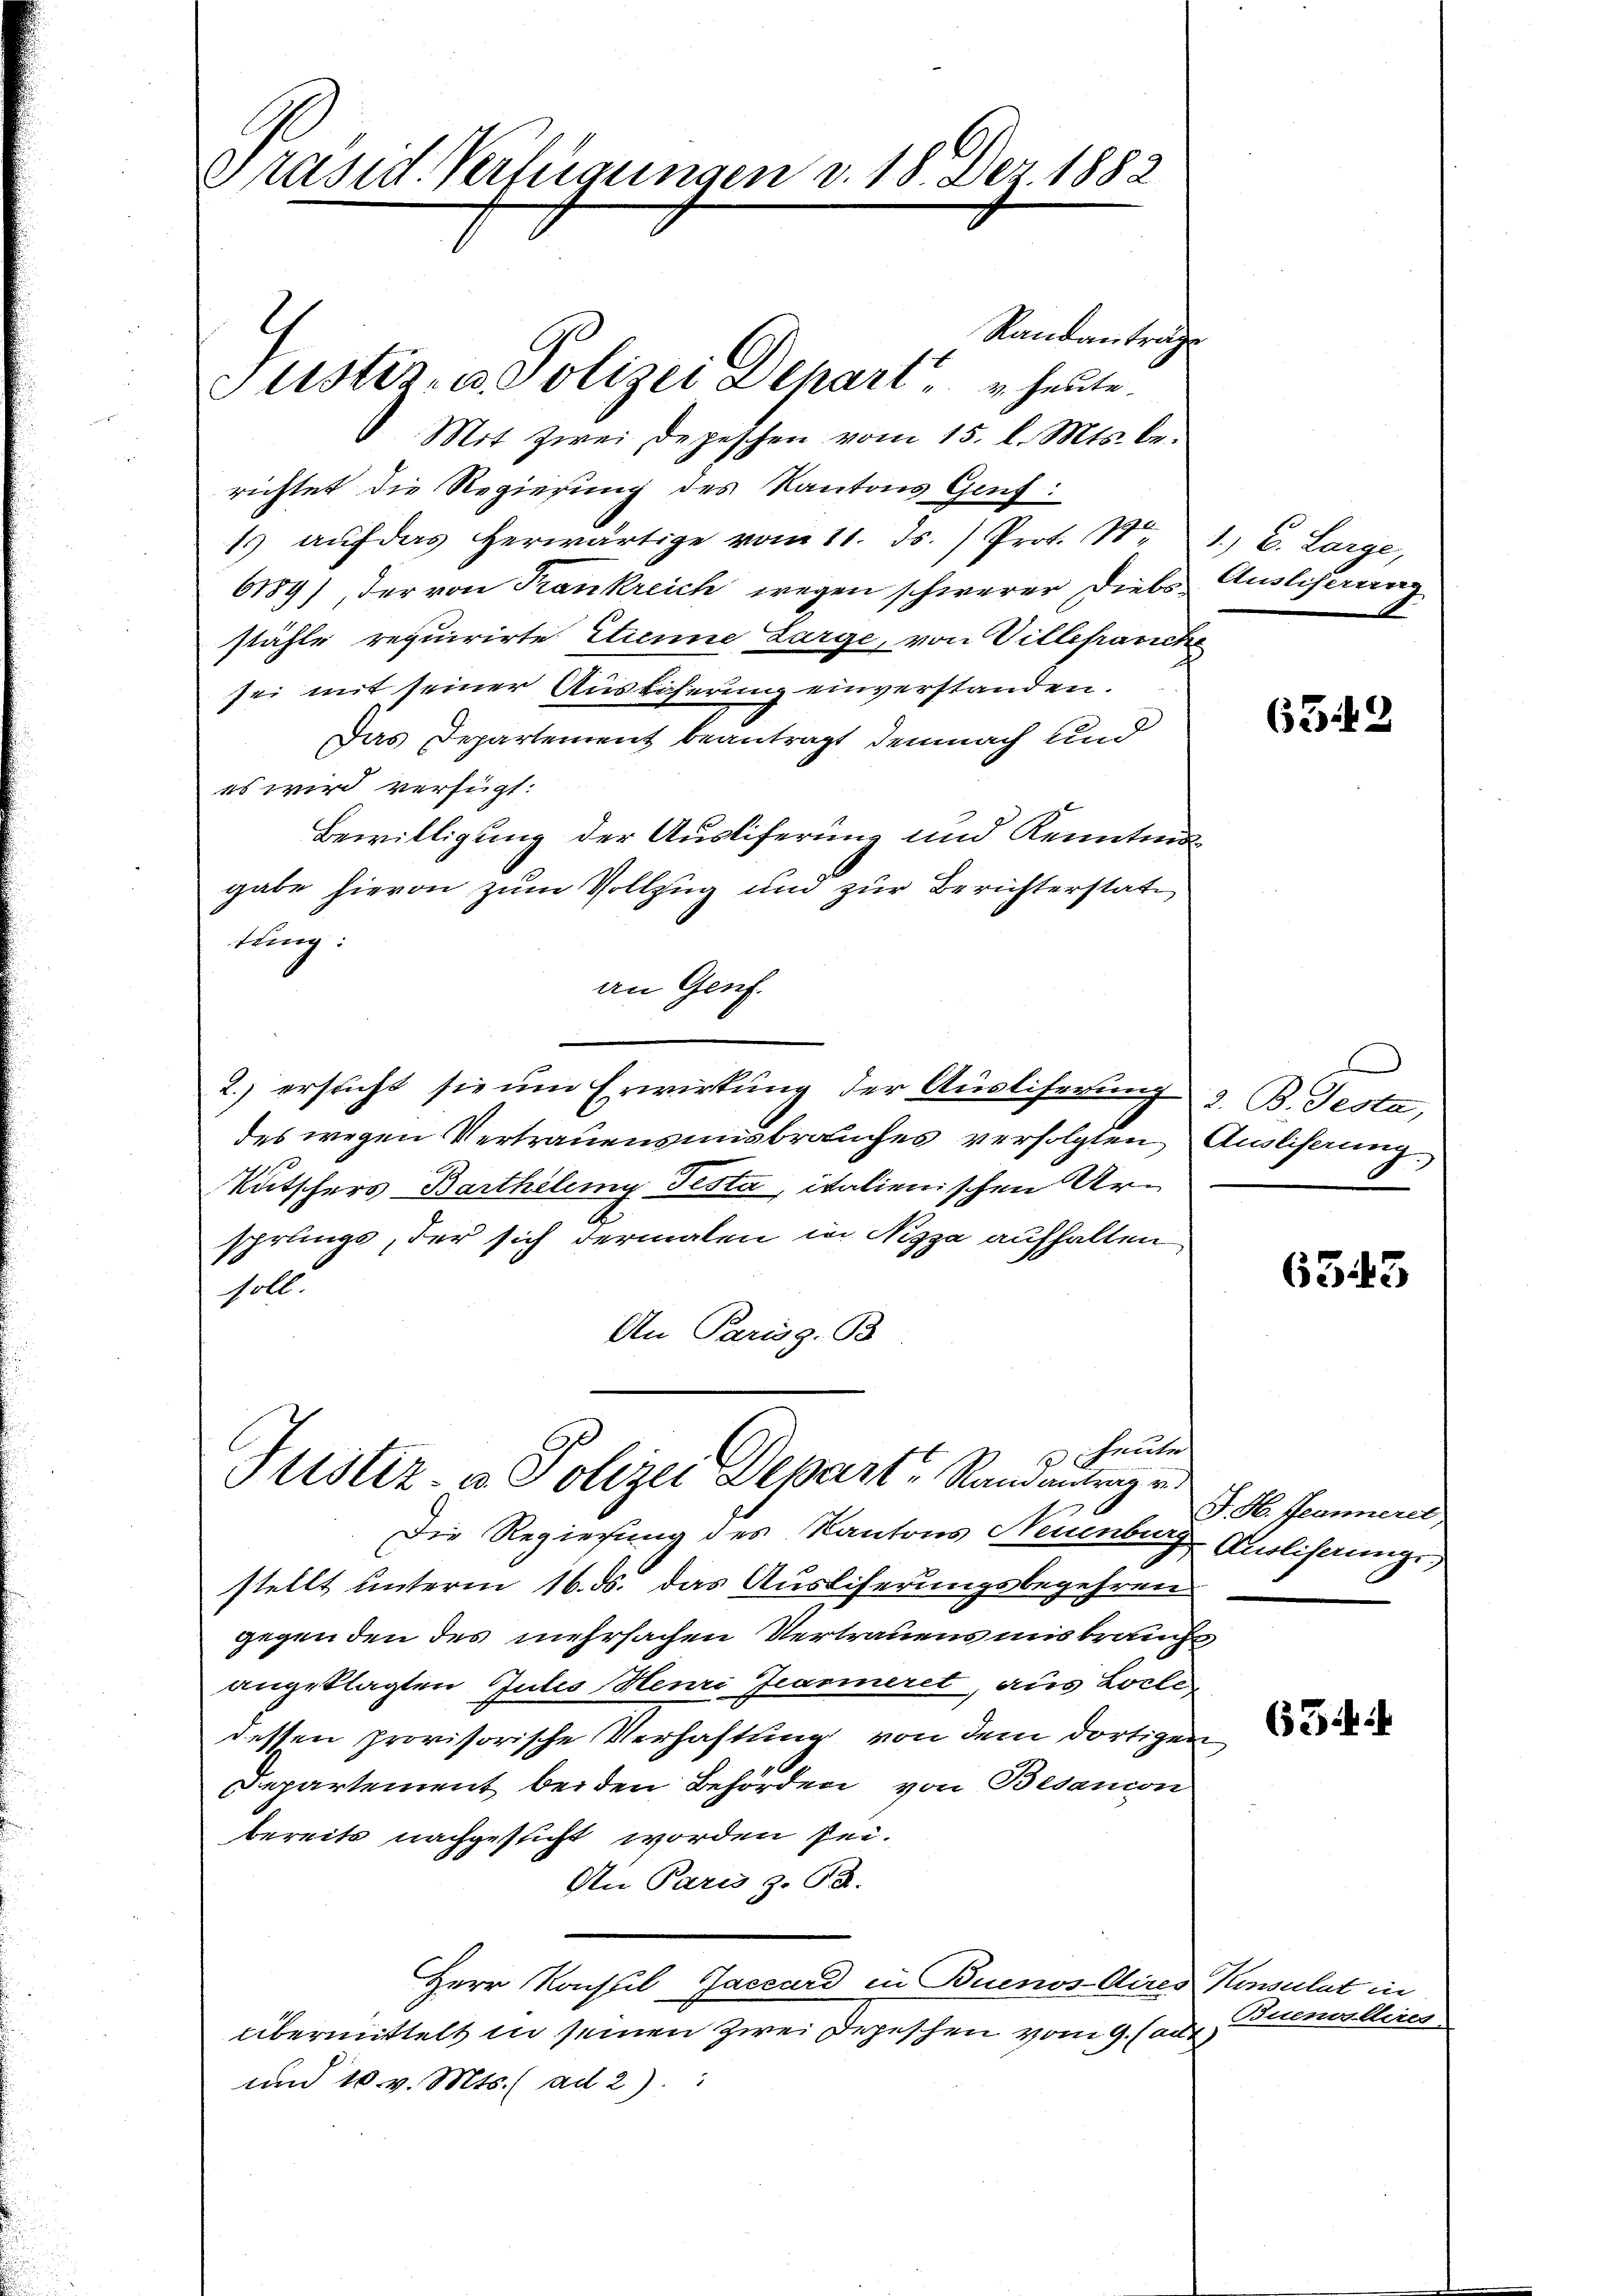
Präsid. Verfügungen v. 18. Dez. 1882

Randantrage
Justiz- & Polizei Depart u. heute.
 Mit Zwei Depeschen vom 15. l. Mts. be-
richtet die Regierung des Kantons Genf:
1. aŭf das herwärtige vom 11. ds. ) Prot. N. 1.) C. Large,
6189), der von Krankreich wegen schwerer Diebs Ausliserung
stähle requirirte Etienne Large, von Villepariche
sei mit seiner Auslöserung einverstanden.
Das Departement beantragt demnach und
es wird verfügt:
Bewilligung der Ausliferung und Kenntmagabe hievon zum Vollzug und zur Berichterstate
tung:
an Genf.
2.) ersticht sie um Erwirkung der Ausliserung z. B. Testa
des wegen Vertrauensinsbrauches verfolgten Auslichung
Kutschers Barthilemy Testa, italienischen Ursprungs, der sich dermalen in Nizza aufhalten
soll.
An Pariss. B.
 heute
Plustiz- u. Polizei Depart Randantrag u.
Die Regierung des Kantons Neuenburg, Ausliserunge
stellt unterm 16. ds. das Ausliserungsbegehren
gegenden des mehrsachen Vertrauens uns brauchs
angeklagten Tutes Henri Jeanneret, aus Loche
dessen provisorische Verhaftung von dem dortigen
Departement beiden Behörden von Besanion
bereits nachgesicht worden sei.
An Paris z. B.
Herr Konsul-Jaccard in Buenos Aires Konsulat in
übermittelt in seinen Zwei Depeschen vom 9. Cant
und 10. v. Mts. ad 2):

C

659

6343

J. H. Jeannerel

63.

Buenolleres.